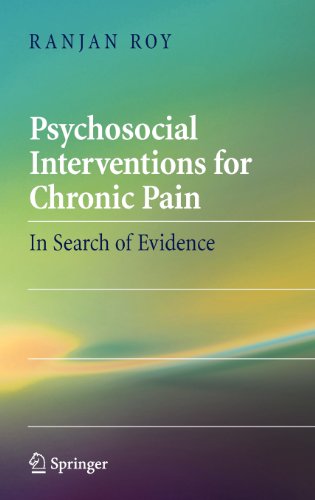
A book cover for Psychosocial Interventions for Chronic Pain: In Search of Evidence; Ranjan Roy; Health, Fitness & Dieting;